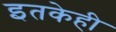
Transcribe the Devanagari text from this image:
इतकेही